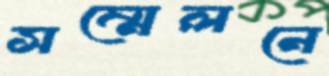
সম্মেলনে